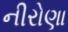
નીરોણા